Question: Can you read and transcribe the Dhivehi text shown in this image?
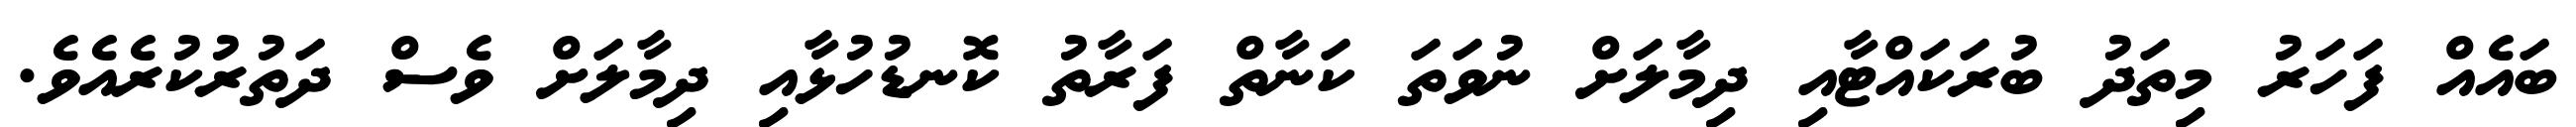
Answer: ބައެއް ފަހަރު މިތަދު ބުރަކައްޓާއި ދިމާލަށް ނުވަތަ ކަނާތް ފަރާތު ކޮނޑުހުޅާއި ދިމާލަށް ވެސް ދަތުރުކުރެއެވެ.